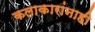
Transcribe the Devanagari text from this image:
कलाकारांनाही